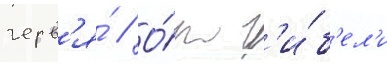
черв'я́ // О́т г'и́б'ел'и